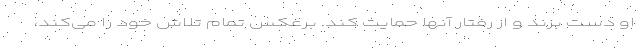
او دست بزند و از رفتار آنها حمایت کند. برعکس تمام تلاش خود را می‌کند،